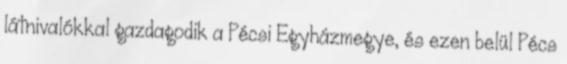
látnivalókkal gazdagodik a Pécsi Egyházmegye, és ezen belül Pécs